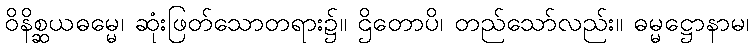
ဝိနိစ္ဆယဓမ္မေ၊ ဆုံးဖြတ်သောတရား၌။ ဌိတောပိ၊ တည်သော်လည်း။ ဓမ္မဋ္ဌောနာမ၊